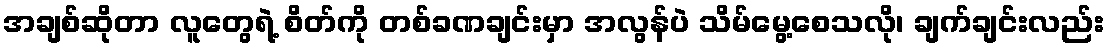
အချစ်ဆိုတာ လူတွေရဲ့ စိတ်ကို တစ်ခဏချင်းမှာ အလွန်ပဲ သိမ်မွေ့စေသလို၊ ချက်ချင်းလည်း